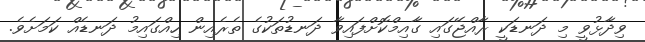
ވިދާޅުވީ މި ދަނޑަކީ ރާއްޖޭގައި ގާއިމްކޮށްފައިވާ ދަނޑުތަކުގެ ތެރެއިން ހިއްގައިމު ދަނޑެއް ކަމަށެވެ.